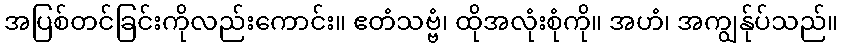
အပြစ်တင်ခြင်းကိုလည်းကောင်း။ ဧတံသဗ္ဗံ၊ ထိုအလုံးစုံကို။ အဟံ၊ အကျွန်ုပ်သည်။